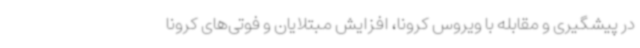
در پیشگیری و مقابله با ویروس کرونا، افزایش مبتلایان و فوتی‌های کرونا